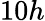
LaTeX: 10h